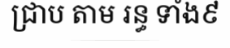
ជ្រាប តាម រន្ធ ទាំង៩